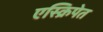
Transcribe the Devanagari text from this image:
एस्क्रिपेत